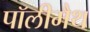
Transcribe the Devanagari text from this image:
पॉलीमैथ